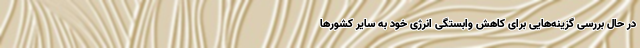
در حال بررسی گزینه‌هایی برای کاهش وابستگی انرژی خود به سایر کشورها